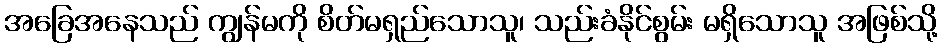
အခြေအနေသည် ကျွန်မကို စိတ်မရှည်သောသူ၊ သည်းခံနိုင်စွမ်း မရှိသောသူ အဖြစ်သို့